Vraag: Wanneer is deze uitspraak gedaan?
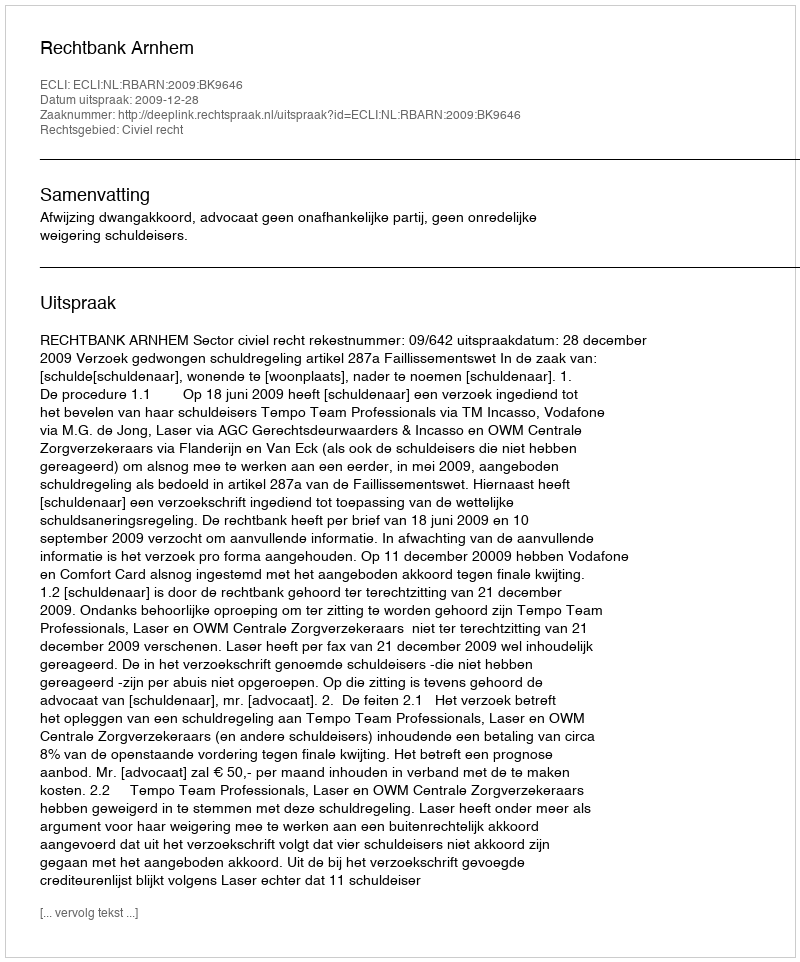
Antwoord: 2009-12-28